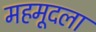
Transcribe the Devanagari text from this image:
महमूदला